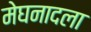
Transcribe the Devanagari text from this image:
मेघनादला